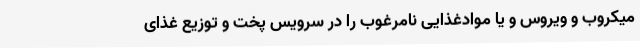
میکروب و ویروس و یا موادغذایی نامرغوب را در سرویس پخت و توزیع غذای